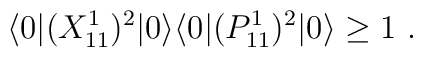
\langle 0 | (X^1_{11})^2 | 0 \rangle\langle 0 | (P^1_{11})^2 | 0 \rangle \geq 1\ .